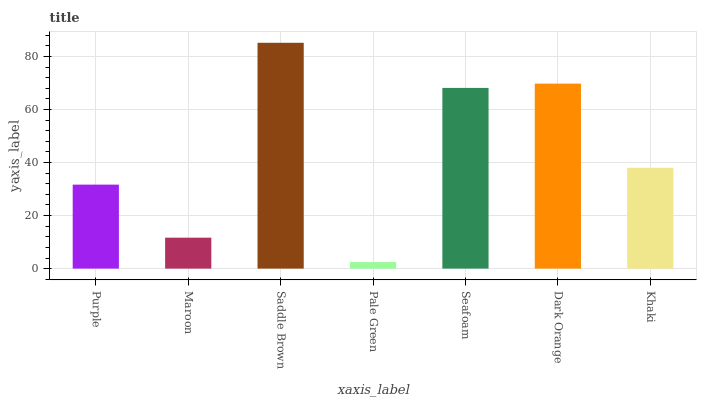
| xaxis_label | bars |
 | --- | --- |
 | Purple | 31.7 |
 | Maroon | 11.7 |
 | Saddle Brown | 85.1 |
 | Pale Green | 2.46 |
 | Seafoam | 68.1 |
 | Dark Orange | 69.7 |
 | Khaki | 38 |